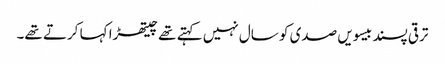
ترقی پسند بیسویں صدی کو سال نہیں کہتے تھے چیتھڑا کہا کرتے تھے۔